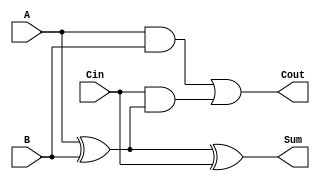
module Ripple_Carry_Full_Adder (
    input wire A,      // First input bit
    input wire B,      // Second input bit
    input wire Cin,    // Carry-in bit
    output wire Sum,   // Sum output bit
    output wire Cout   // Carry-out bit
);

// Sum calculation using XOR
assign Sum = A ^ B ^ Cin;

// Carry-out calculation using AND and OR
assign Cout = (A & B) | (Cin & (A ^ B));

endmodule